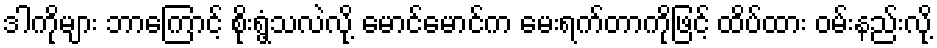
ဒါကိုများ ဘာကြောင့် စိုးရွံ့သလဲလို့ မောင်မောင်က မေးရက်တာကိုဖြင့် ထိပ်ထား ဝမ်းနည်းလို့